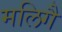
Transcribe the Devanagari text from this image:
मलिगै